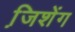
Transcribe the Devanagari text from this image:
जि़शेंग